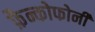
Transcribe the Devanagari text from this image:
फ्रैन्कोफोनी